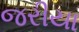
જરીયા